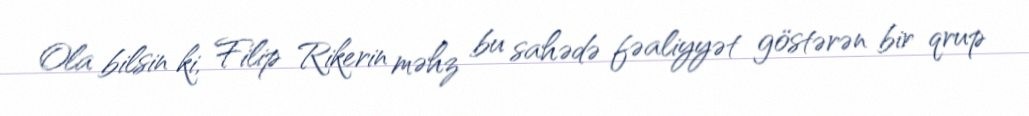
Ola bilsin ki, Filip Rikerin məhz bu sahədə fəaliyyət göstərən bir qrup